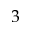
3